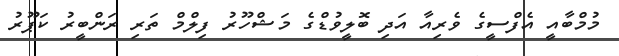
މުމްބާއީ އެފްސީގެ ވެރިއާ އަދި ބޮލީވުޑްގެ މަޝްހޫރު ފިލްމް ތަރި ރަންބީރު ކަޕޫރު